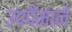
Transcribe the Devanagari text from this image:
उपपैमाने